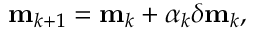
\mathbf { m } _ { k + 1 } = \mathbf { m } _ { k } + \alpha _ { k } \delta \mathbf { m } _ { k } ,